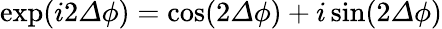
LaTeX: \exp(i2{\mathit\Delta\phi})=\cos(2{\mathit\Delta\phi})+i\sin(2{\mathit\Delta\phi})